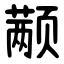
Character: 颟